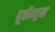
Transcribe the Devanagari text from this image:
पूर्वोन्मुख